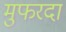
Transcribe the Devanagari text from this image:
मुफरदा